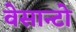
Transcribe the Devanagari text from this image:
वेसान्टो